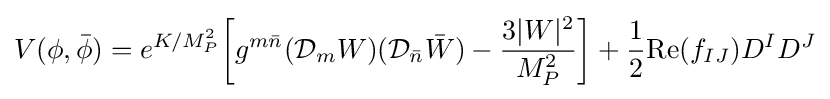
V(\phi ,{\bar {\phi }})=e^{K/M_{P}^{2}}{\bigg [}g^{m{\bar {n}}}({\mathcal {D}}_{m}W)({\mathcal {D}}_{\bar {n}}{\bar {W}})-{\frac {3|W|^{2}}{M_{P}^{2}}}{\bigg ]}+{\frac {1}{2}}{\text{Re}}(f_{IJ})D^{I}D^{J}